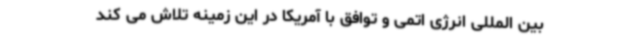
بین المللی انرژی اتمی و توافق با آمریکا در این زمینه تلاش می کند